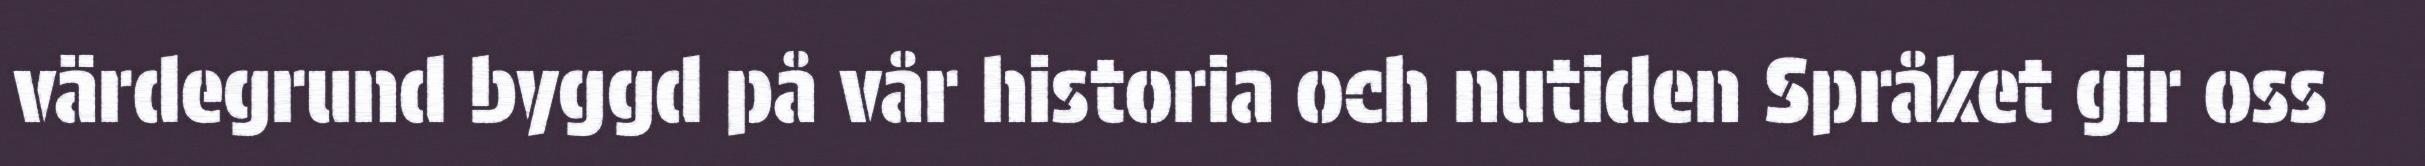
värdegrund byggd på vår historia och nutiden Språket gir oss